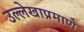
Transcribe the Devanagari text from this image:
उल्लेखाप्रमाणे